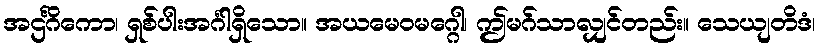
အဌင်္ဂိကော၊ ရှစ်ပါးအင်္ဂါရှိသော။ အယမေဝမဂ္ဂေါ၊ ဤမဂ်သာလျှင်တည်း။ သေယျတိဒံ၊